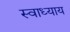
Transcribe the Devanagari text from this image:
स्‍वाध्‍याय